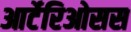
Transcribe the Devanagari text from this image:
आर्टेरिओसस